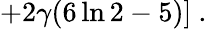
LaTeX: \left.+2\gamma(6\ln 2-5)\right]~.